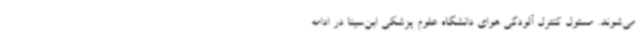
می‌شوند. مسئول کنترل آلودگی هوای دانشگاه علوم پزشکی ابن‌سینا در ادامه